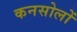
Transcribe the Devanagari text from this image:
कनसोलों